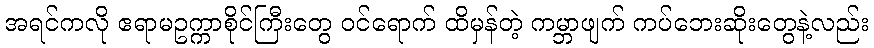
အရင်ကလို ဧရာမဥက္ကာစိုင်ကြီးတွေ ဝင်ရောက် ထိမှန်တဲ့ ကမ္ဘာဖျက် ကပ်ဘေးဆိုးတွေနဲ့လည်း